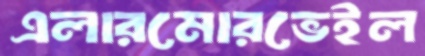
এলারমোরভেইল